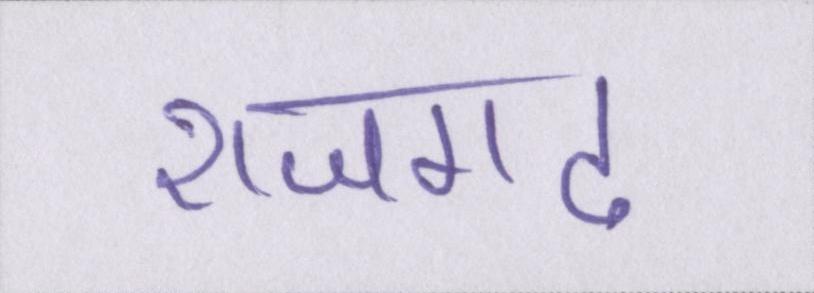
राजगढ